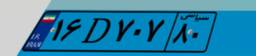
۱۶D۷۰۷۸۰